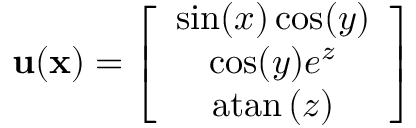
\mathbf { u } ( \mathbf { x } ) = \left[ \begin{array} { c } { \sin ( x ) \cos ( y ) } \\ { \cos ( y ) e ^ { z } } \\ { \mathrm { a t a n } \left( z \right) } \end{array} \right]